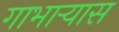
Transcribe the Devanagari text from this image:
गाभाऱ्यास